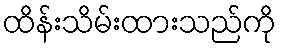
ထိန်းသိမ်းထားသည်ကို